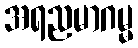
အရညမာဂမ္မ